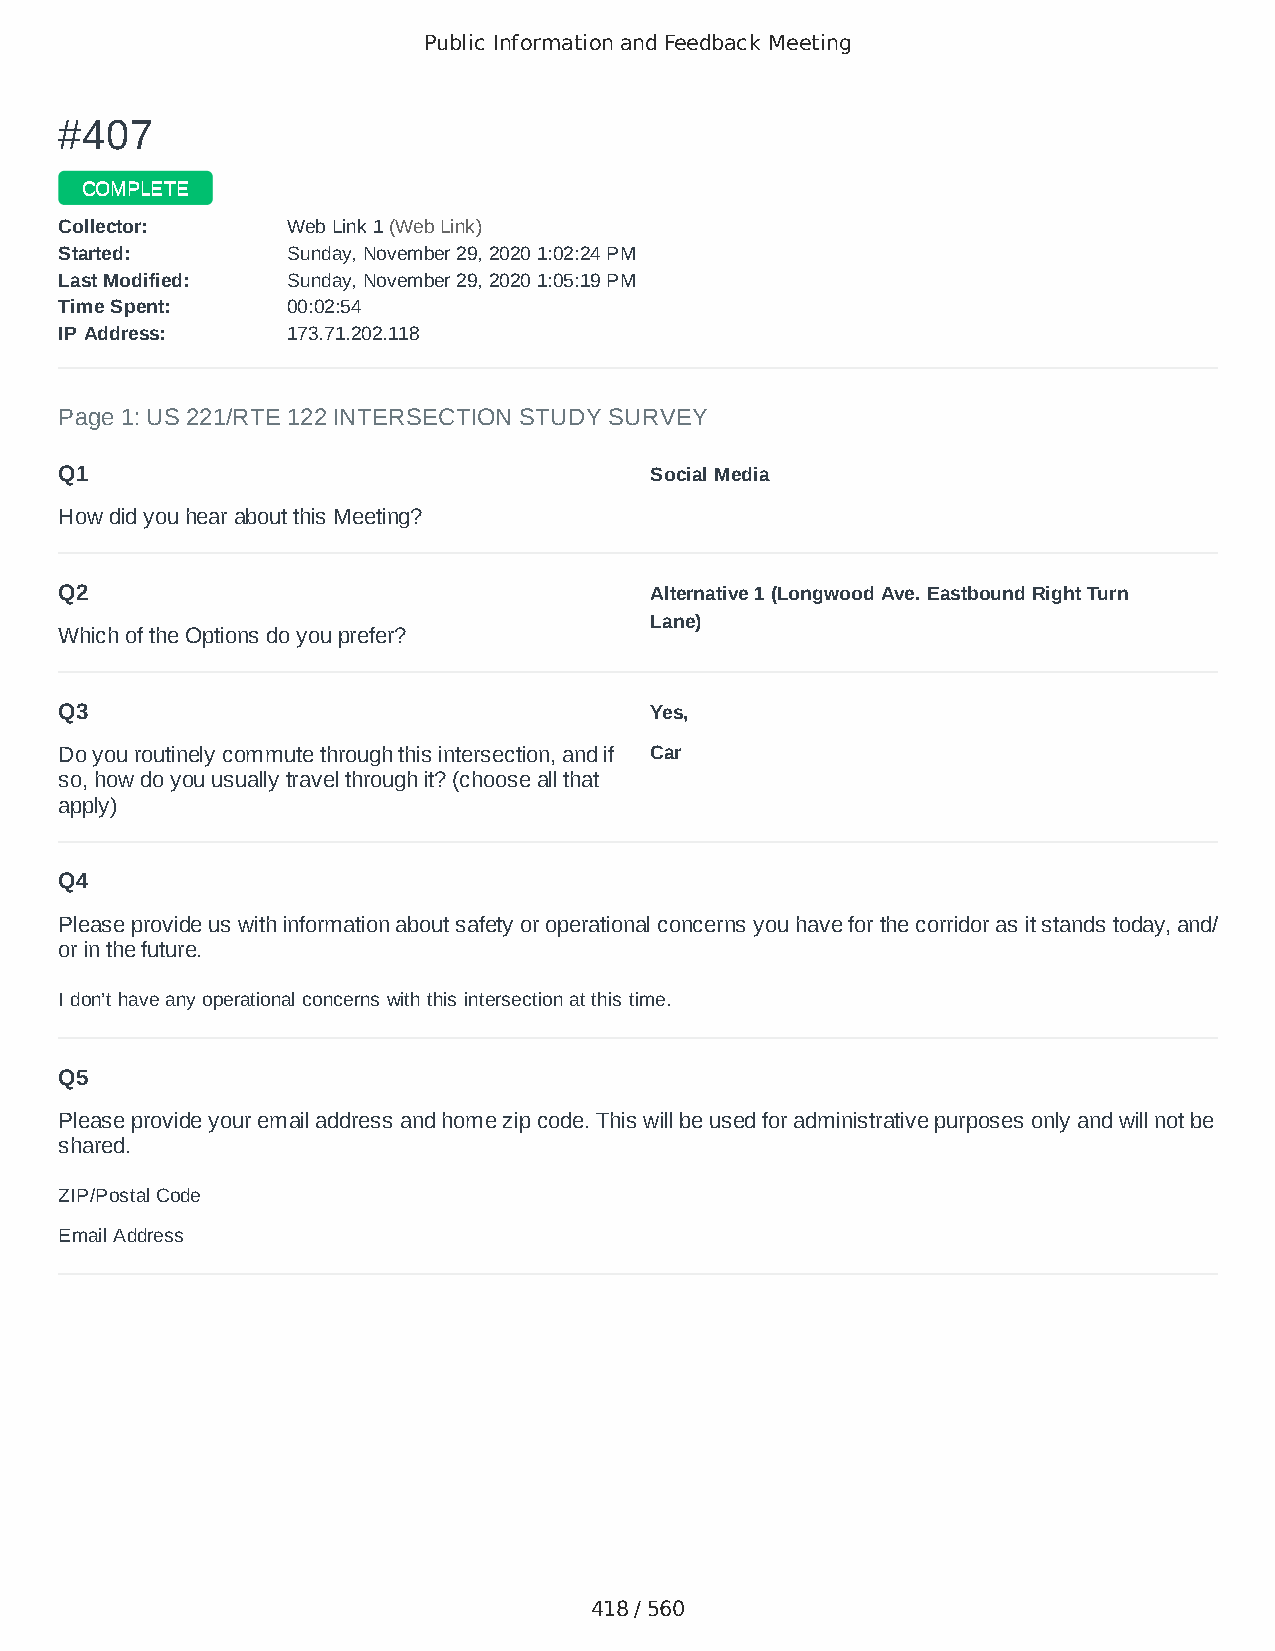
Public Information and Feedback Meeting
 ##440077
 CCOOMMPPLLEETTEE
 CCoolllleeccttoorr:: WWeebb LLiinnkk 11 ((WWeebb LLiinnkk))
 SSttaarrtteedd:: SSuunnddaayy,, NNoovveemmbbeerr 2299,, 22002200 11::0022::2244 PPMM
 LLaasstt MMooddiiffiieedd:: SSuunnddaayy,, NNoovveemmbbeerr 2299,, 22002200 11::0055::1199 PPMM
 TTiimmee SSppeenntt:: 0000::0022::5544
 IIPP AAddddrreessss:: 117733..7711..220022..111188
 Page 1: US 221/RTE 122 INTERSECTION STUDY SURVEY
 Q1                                     Social Media
 How did you hear about this Meeting?
 Q2                                     Alternative 1 (Longwood Ave. Eastbound Right Turn
 Lane)
 Which of the Options do you prefer?
 Q3                                     Yes,
 Do you routinely commute through this intersection, and if Car
 so, how do you usually travel through it? (choose all that
 apply)
 Q4
 Please provide us with information about safety or operational concerns you have for the corridor as it stands today, and/
 or in the future.
 I don’t have any operational concerns with this intersection at this time.
 Q5
 Please provide your email address and home zip code. This will be used for administrative purposes only and will not be
 shared.
 ZIP/Postal Code                        24523
 Email Address                          codeg2131@yahoo.com
 418 / 560